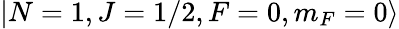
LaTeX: \left|N=1,J=1/2,F=0,m_{F}=0\right\rangle